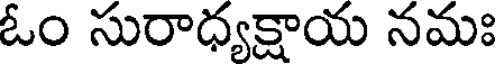
ఓం సురాధ్యక్షాయ నమః